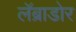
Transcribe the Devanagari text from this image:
लॅब्राडोर